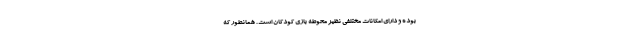
بوده و دارای امکانات مختلفی نظیر محوطه بازی کودکان است . همانطور که